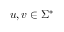
u , v \in \Sigma ^ { * }